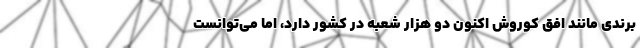
برندی مانند افق کوروش اکنون دو هزار شعبه در کشور دارد، اما می‌توانست